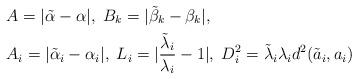
LaTeX: \begin{align*}&A = \vert \tilde \alpha-\alpha \vert, \; B_{k}=\vert \tilde \beta_{k}-\beta_{k}\vert, \\ &A_{i}=\vert\tilde \alpha_{i}-\alpha_{i}\vert, \;L_{i}=\vert\frac{\tilde \lambda_{i}}{\lambda_{i}}-1\vert, \;D_{i}^{2}=\tilde \lambda_{i}\lambda_{i}d^{2}(\tilde a_{i},a_{i}) \end{align*}